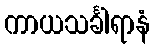
ကာယသင်္ခါရာနံ